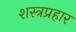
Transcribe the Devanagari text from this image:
शस्त्रप्रहार